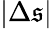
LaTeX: |\Delta\mathfrak{s}|